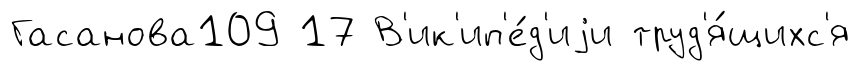
Гасанова109 17 В'ик'ип'е́д'иjи труд'я́щихс'я